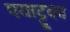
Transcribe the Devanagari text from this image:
पयाट्टूका